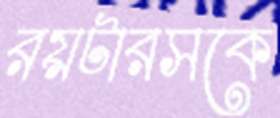
রয়টারসকে